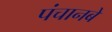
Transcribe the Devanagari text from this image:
पंचानबे